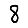
Digit: 8